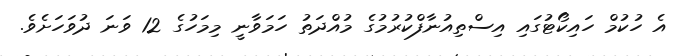
އެ ހުކުމް ހައިކޯޓުގައި އިސްތިއުނާފްކުރުމުގެ މުއްދަތު ހަމަވާނީ މިމަހުގެ 12 ވަނަ ދުވަހަށެވެ.